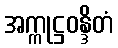
အက္ကုဋ္ဌဝန္ဒိတံ